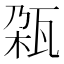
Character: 𬎨